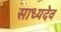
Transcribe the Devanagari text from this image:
साध्यदेव